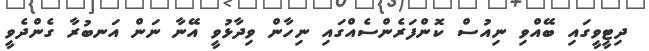
ދިޓީވީގައި ބޭއްވި ނިއުސް ކޮންފަރެންސެއްގައި ނިހާން ވިދާޅުވީ އޭނާ ނަން އަނބުރާ ގެންދެވީ